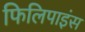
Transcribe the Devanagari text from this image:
फिलिपाइंस